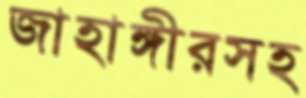
জাহাঙ্গীরসহ